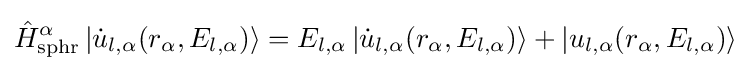
{\hat {H}}_{\text{sphr}}^{\alpha }\left|{\dot {u}}_{l,\alpha }(r_{\alpha },E_{l,\alpha })\right\rangle =E_{l,\alpha }\left|{\dot {u}}_{l,\alpha }(r_{\alpha },E_{l,\alpha })\right\rangle +\left|u_{l,\alpha }(r_{\alpha },E_{l,\alpha })\right\rangle